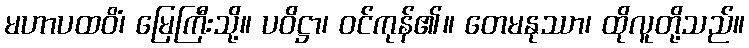
မဟာပထဝိံ၊ မြေကြီးသို့။ ပဝိဋ္ဌာ၊ ဝင်ကုန်၏။ တေမနုဿာ၊ ထိုလူတို့သည်။